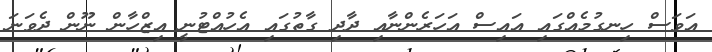
އަވަސް ހިނގުމެއްގައި އައިސް އަހަރެންނާއި ދާދި ގާތުގައި އެހުއްޓުނީ އިޒްހާން ނޫން ދެވަނަ